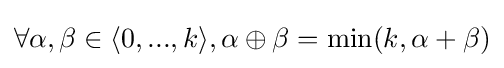
\forall \alpha ,\beta \in \langle 0,...,k\rangle ,\alpha \oplus \beta =\min(k,\alpha +\beta )